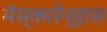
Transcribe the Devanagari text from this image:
मॅस्कारेन्हास